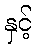
နှင့်